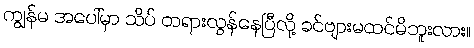
ကျွန်မ အပေါ်မှာ သိပ် တရားလွန်နေပြီလို့ ခင်ဗျားမထင်မိဘူးလား။